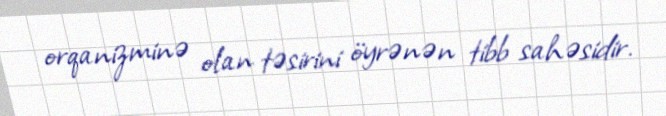
orqanizminə olan təsirini öyrənən tibb sahəsidir.